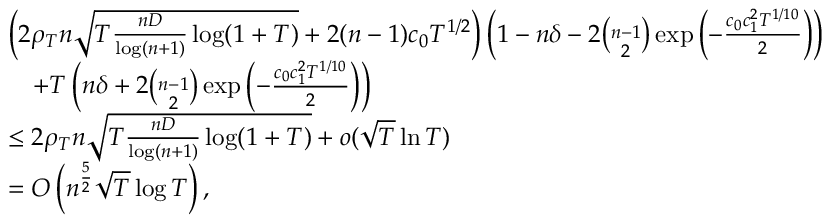
\begin{array} { r l } & { \left( 2 \rho _ { T } n \sqrt { T \frac { n D } { \log ( n + 1 ) } \log ( 1 + T ) } + 2 ( n - 1 ) c _ { 0 } T ^ { 1 / 2 } \right) \left( 1 - n \delta - 2 \binom { n - 1 } { 2 } \exp \left( - \frac { c _ { 0 } c _ { 1 } ^ { 2 } T ^ { 1 / 1 0 } } { 2 } \right) \right) } \\ & { \quad + T \left( n \delta + 2 \binom { n - 1 } { 2 } \exp \left( - \frac { c _ { 0 } c _ { 1 } ^ { 2 } T ^ { 1 / 1 0 } } { 2 } \right) \right) } \\ & { \leq 2 \rho _ { T } n \sqrt { T \frac { n D } { \log ( n + 1 ) } \log ( 1 + T ) } + o ( \sqrt { T } \ln T ) } \\ & { = O \left( n ^ { \frac { 5 } { 2 } } \sqrt { T } \log T \right) , } \end{array}